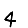
Digit: 4